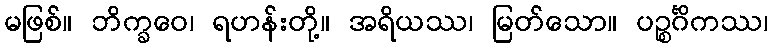
မဖြစ်။ ဘိက္ခဝေ၊ ရဟန်းတို့။ အရိယဿ၊ မြတ်သော။ ပဉ္စင်္ဂိကဿ၊